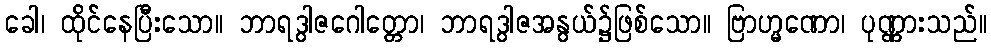
ခေါ၊ ထိုင်နေပြီးသော။ ဘာရဒွါဇဂေါတ္တော၊ ဘာရဒွါဇအနွယ်၌ဖြစ်သော။ ဗြာဟ္မဏော၊ ပုဏ္ဏားသည်။